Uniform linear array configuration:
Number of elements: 12
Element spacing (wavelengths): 0.75
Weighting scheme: kaiser
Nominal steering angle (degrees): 60
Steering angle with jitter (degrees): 61.772
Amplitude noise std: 0.05
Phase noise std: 0.05

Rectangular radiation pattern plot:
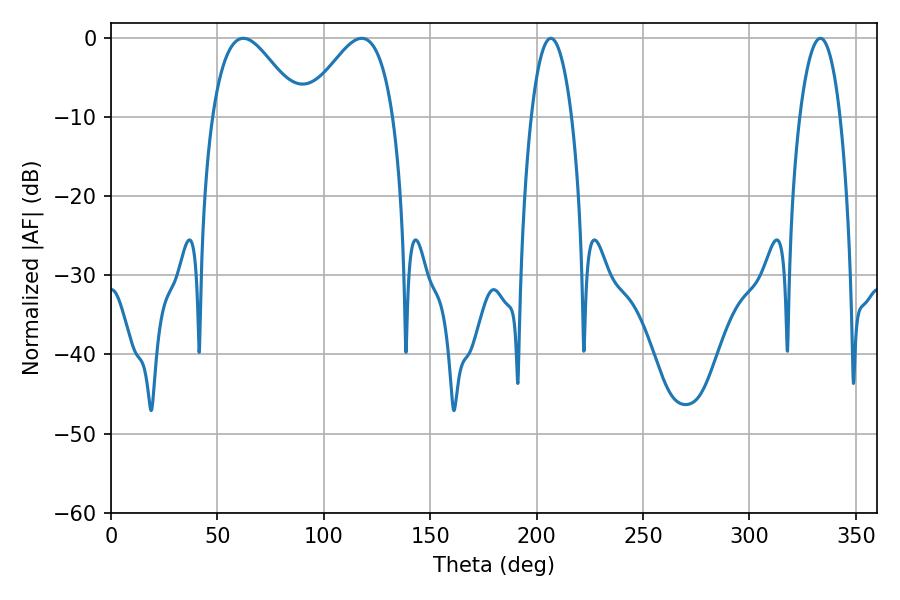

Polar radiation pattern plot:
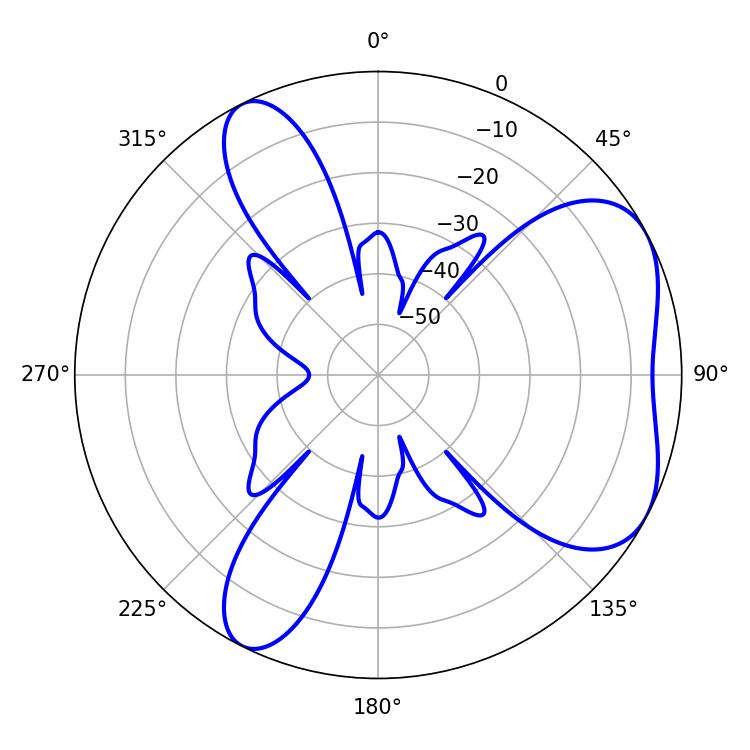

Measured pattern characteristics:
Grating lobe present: TRUE
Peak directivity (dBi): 5.268
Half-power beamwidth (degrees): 10.62
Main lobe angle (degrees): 206.64